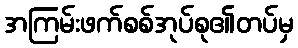
အကြမ်းဖက်စစ်အုပ်စု၏တပ်မှ